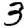
Digit: 3